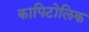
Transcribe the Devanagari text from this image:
कापिटोलिक